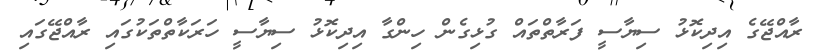
ރާއްޖޭގެ އިދިކޮޅު ސިޔާސީ ފަރާތްތައް ގުޅިގެން ހިންގާ އިދިކޮޅު ސިޔާސީ ހަރަކާތްތަކުގައި ރާއްޖޭގައި